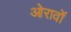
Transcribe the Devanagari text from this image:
ओरावों